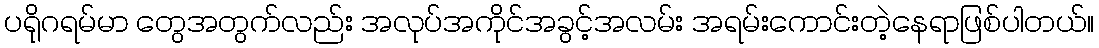
ပရိုဂရမ်မာ တွေအတွက်လည်း အလုပ်အကိုင်အခွင့်အလမ်း အရမ်းကောင်းတဲ့နေရာဖြစ်ပါတယ်။